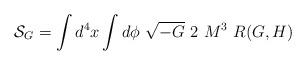
LaTeX: \begin{align*}{\cal S}_G=\int d^4x\int d\phi~\sqrt{-G}~2~M^3~ R(G,H)\end{align*}